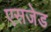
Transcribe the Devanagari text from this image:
एसजेड